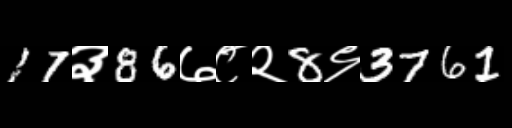
Text: 17३86७८२8९3761